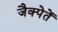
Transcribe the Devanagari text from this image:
जैक्पेतें